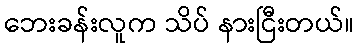
ဘေးခန်းလူက သိပ် နားငြီးတယ်။